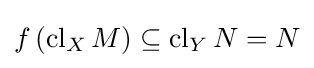
f\left(\operatorname {cl} _{X}M\right)\subseteq \operatorname {cl} _{Y}N=N